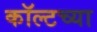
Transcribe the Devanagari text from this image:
कॉल्टच्या